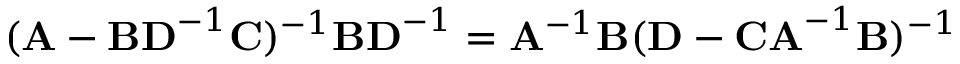
( \mathbf { A } - \mathbf { B D } ^ { - 1 } \mathbf { C } ) ^ { - 1 } \mathbf { B D } ^ { - 1 } = \mathbf { A } ^ { - 1 } \mathbf { B } ( \mathbf { D } - \mathbf { C A } ^ { - 1 } \mathbf { B } ) ^ { - 1 }